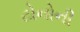
ટોનોની